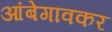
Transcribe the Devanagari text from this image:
आंबेगावकर